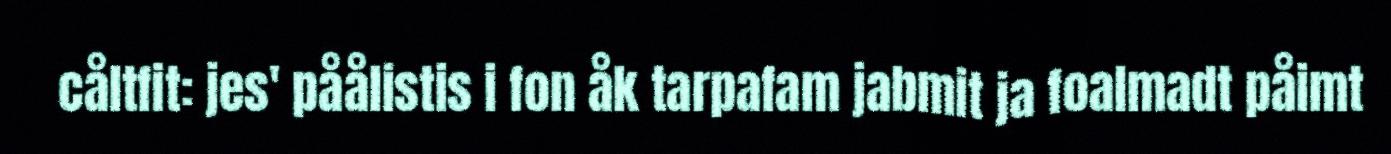
cåltfit: jes' påålistis i fon åk tarpafam jabmit ja foalmadt påimt